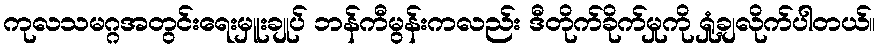
ကုလသမဂ္ဂအတွင်းရေးမှူးချုပ် ဘန်ကီမွန်းကလည်း ဒီတိုက်ခိုက်မှုကို ရှုံ့ချလိုက်ပါတယ်။